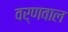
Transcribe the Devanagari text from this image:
वर्णवाल